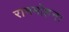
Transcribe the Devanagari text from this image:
राममोहनः